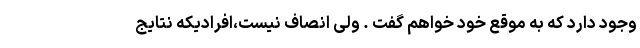
وجود دارد که به موقع خود خواهم گفت . ولی انصاف نیست،افرادیکه نتایج